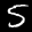
Label: 5